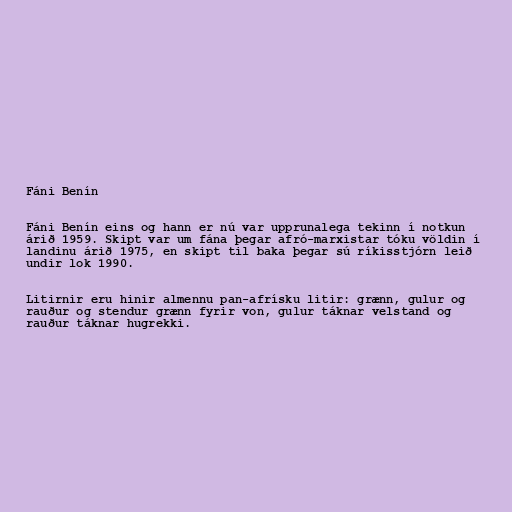
Fáni Benín

Fáni Benín eins og hann er nú var upprunalega tekinn í notkun
árið 1959. Skipt var um fána þegar afró-marxistar tóku völdin í
landinu árið 1975, en skipt til baka þegar sú ríkisstjórn leið
undir lok 1990.

Litirnir eru hinir almennu pan-afrísku litir: grænn, gulur og
rauður og stendur grænn fyrir von, gulur táknar velstand og
rauður táknar hugrekki.